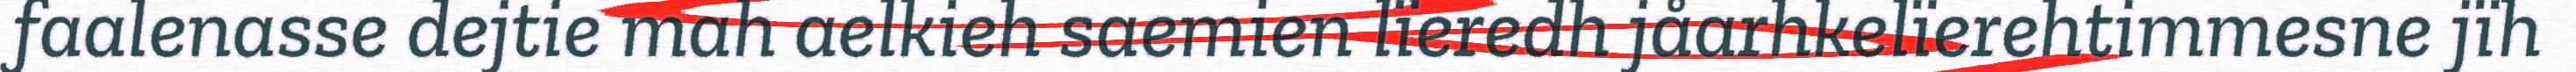
faalenasse dejtie mah aelkieh saemien lïeredh jåarhkelïerehtimmesne jïh